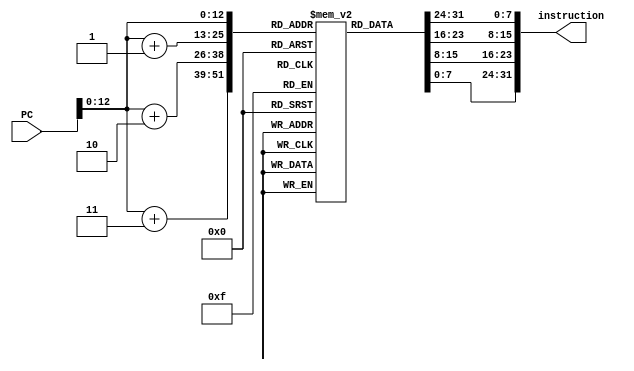
/************************************************* 
 
Copyright:Call_Me_ZK

File name:instMem.v

Author:ZK
 
Date:2020-08-6 
 
Description:

  PC
  
 
**************************************************/

module instMem

	#(parameter PC_width = 32, 
	
	inst_width = 32, instMem_depth = 8192, instMem_addr_width = 13)
(PC, instruction);

	//
	input [PC_width-1:0] PC;
	output [inst_width-1:0] instruction;
	
	//
	wire [instMem_addr_width-1:0] addr;
	assign addr = PC[instMem_addr_width-1:0];
	//
	reg [7:0] memory[0:instMem_depth-1];
	assign instruction = {memory[addr], memory[addr+1], memory[addr+2], memory[addr+3]};
	
endmodule